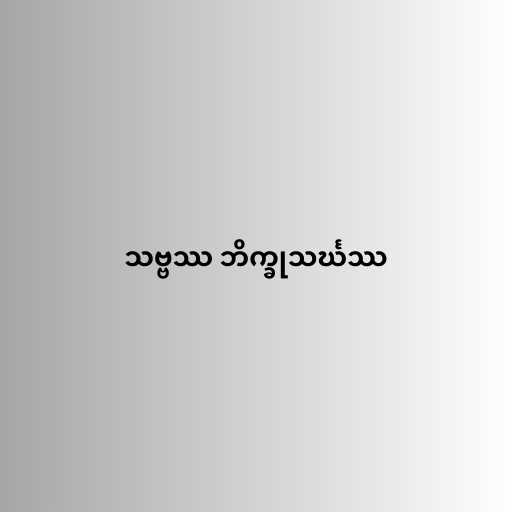
သဗ္ဗဿ ဘိက္ခုသင်္ဃဿ